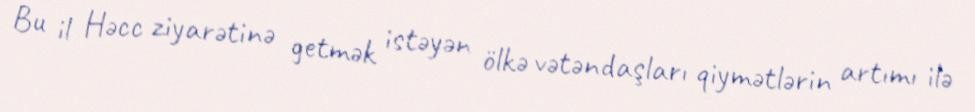
Bu il Həcc ziyarətinə getmək istəyən ölkə vətəndaşları qiymətlərin artımı ilə